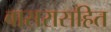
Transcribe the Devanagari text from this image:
वासरासहित